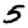
Digit: 5